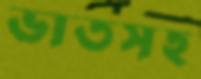
ভাতসহ